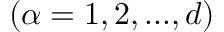
( \alpha = 1 , 2 , . . . , d )